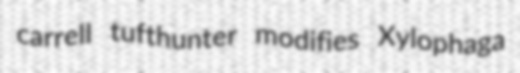
carrell tufthunter modifies Xylophaga